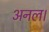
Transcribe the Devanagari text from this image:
अनल।